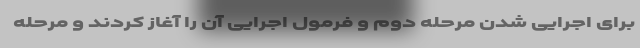
برای اجرایی شدن مرحله دوم و فرمول اجرایی آن را آغاز کردند و مرحله